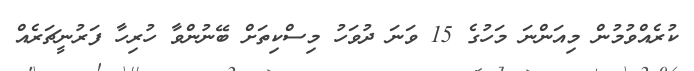
ކުރެއްވުމުން މިއަންނަ މަހުގެ 15 ވަނަ ދުވަހު މިސްކިތަށް ބޭނުންވާ ހުރިހާ ފަރުނީޗަރެއް